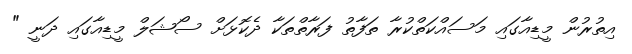
އިތުރުން މީޑިއާގައި މަސައްކަތްކުރާ ތަފާތު ފަރާތްތަކާ ދެކޮޅަށް ސޯޝަލް މީޑިއާގައި ދަނީ "